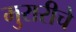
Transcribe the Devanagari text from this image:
मुरारीचे